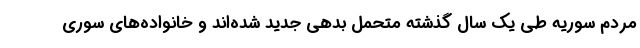
مردم سوریه طی یک سال گذشته متحمل بدهی جدید شده‌اند و خانواده‌های سوری